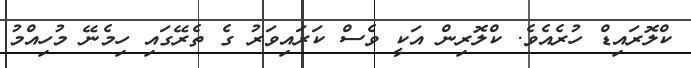
ކްލޮރައިޑް ހުރެއެވެ. ކްލޮރިން އަކީ ވެސް ކަރައިވަރު ގެ ތެރޭގައި ހިމެނޭ މުހިއްމު